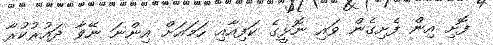
ފޮށި އިން ފެށިގެން ވައި ނޮޅީގެ ކަފިއާއި ހަމައަށް އިންނަ ނޭވާ ދައުރުކުރާ